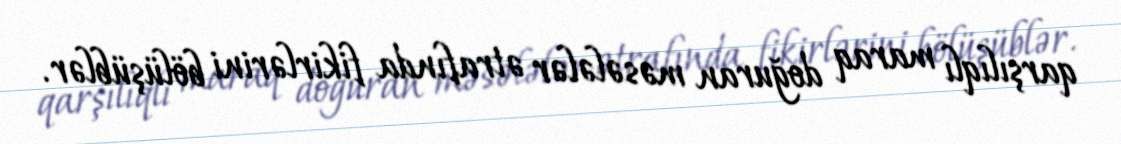
qarşılıqlı maraq doğuran məsələlər ətrafında fikirlərini bölüşüblər.